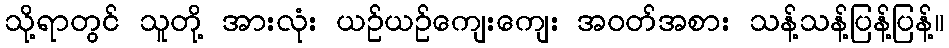
သို့ရာတွင် သူတို့ အားလုံး ယဉ်ယဉ်ကျေးကျေး အဝတ်အစား သန့်သန့်ပြန့်ပြန့်။